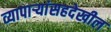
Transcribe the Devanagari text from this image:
व्यापार्‍यांसहदेखील